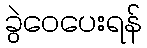
ခွဲဝေပေးရန်